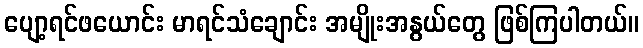
ပျော့ရင်ဖယောင်း မာရင်သံချောင်း အမျိုးအနွယ်တွေ ဖြစ်ကြပါတယ်။